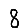
Digit: 8